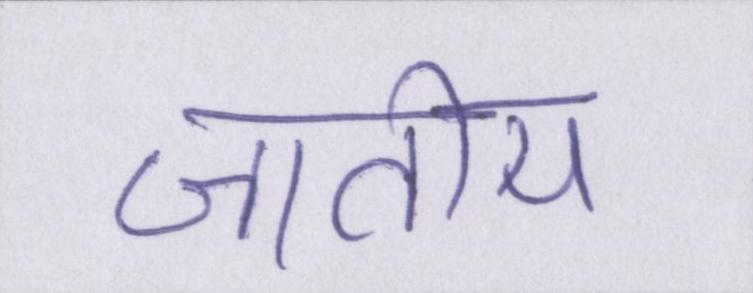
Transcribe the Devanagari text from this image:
जातीय